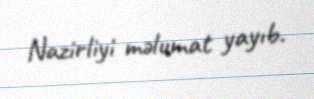
Nazirliyi məlumat yayıb.